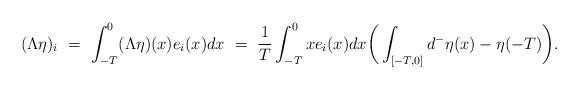
LaTeX: \begin{align*}(\Lambda\eta)_i \ &= \ \int_{-T}^0 (\Lambda\eta)(x)e_i(x) dx \ = \ \frac{1}{T} \int_{-T}^0 xe_i(x) dx \bigg(\int_{[-T,0]} d^-\eta(x) - \eta(-T)\bigg).\end{align*}